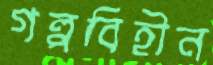
গল্পবিহীন